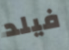
فيلد